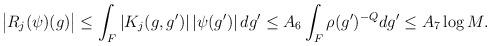
LaTeX: \begin{align*}\big|R_j(\psi)(g)\big|& \leq \int_{F}\left|K_j(g,g')\right|\left|\psi(g')\right|dg'\leq A_6\int_{F}\rho(g')^{-Q}dg'\leq A_7\log M.\end{align*}